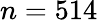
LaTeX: n=514